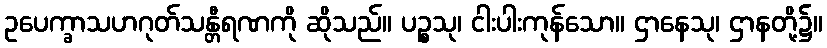
ဥပေက္ခာသဟဂုတ်သန္တီရဏကို ဆိုသည်။ ပဉ္စသု၊ ငါးပါးကုန်သော။ ဌာနေသု၊ ဌာနတို့၌။